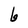
Character: b